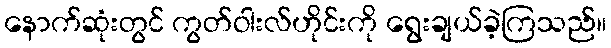
နောက်ဆုံးတွင် ကွတ်ဝါးလ်ဟိုင်းကို ရွေးချယ်ခဲ့ကြသည်။